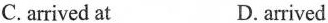
C.arrived at D. arrived